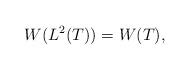
LaTeX: \begin{align*} W(L^2(T))=W(T),\end{align*}